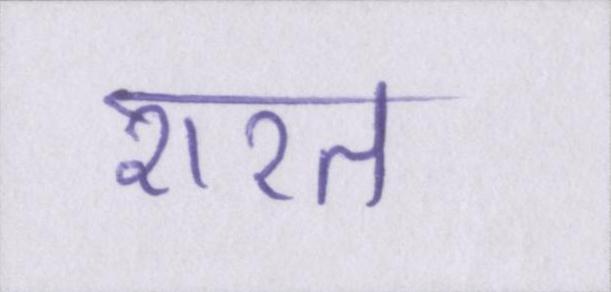
शरत